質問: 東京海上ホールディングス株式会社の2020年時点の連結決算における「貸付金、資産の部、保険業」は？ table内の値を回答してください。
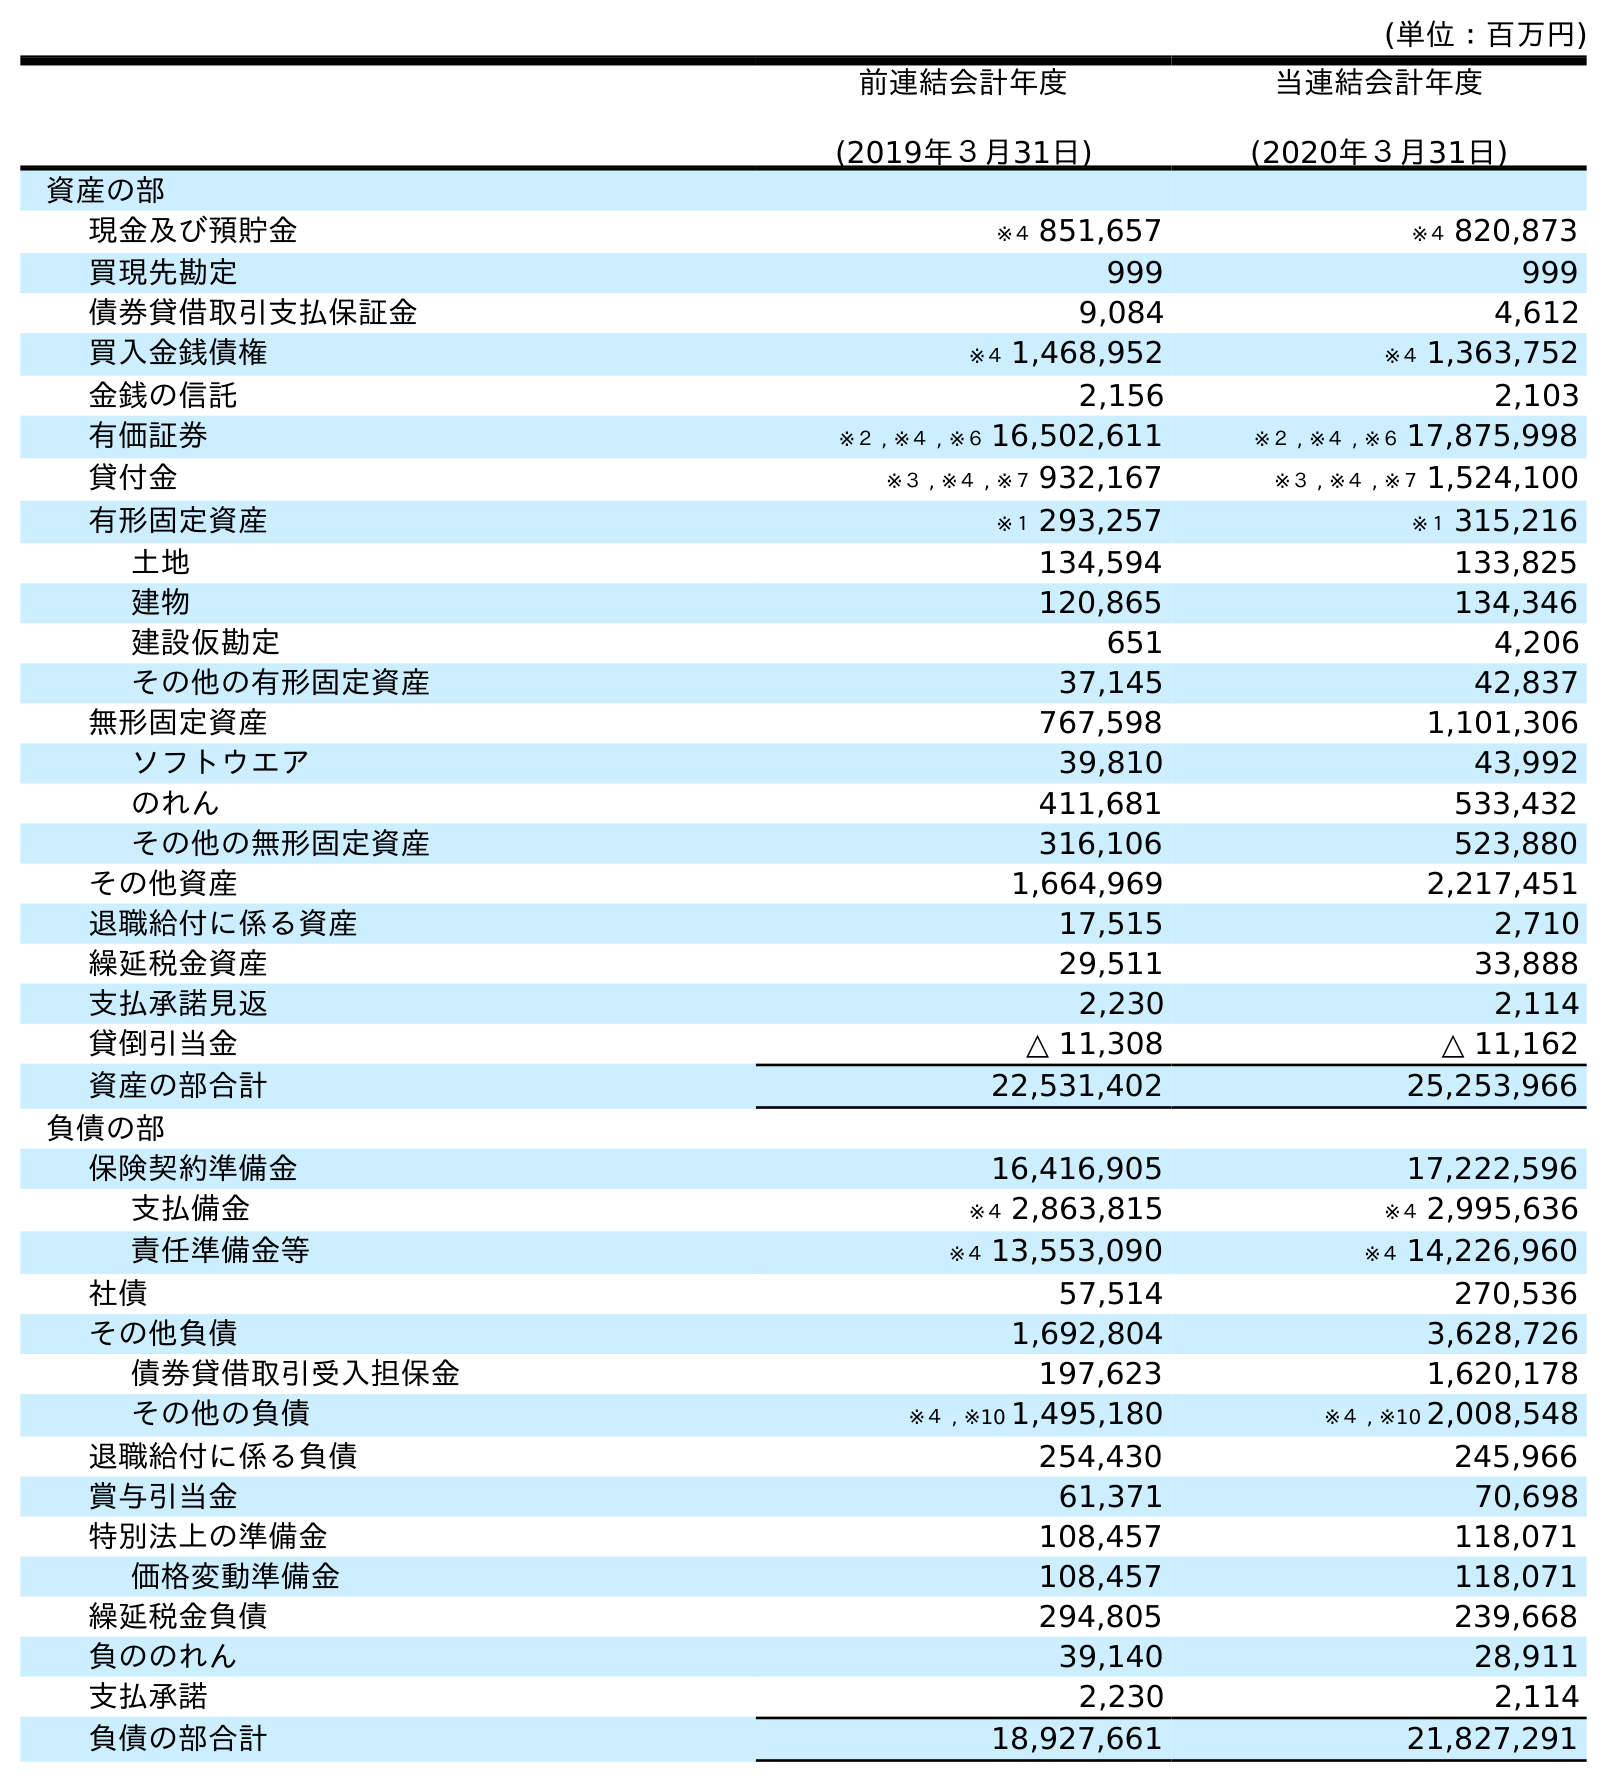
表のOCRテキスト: (単位：百万円) 前連結会計年度 (2019年３月31日) 当連結会計年度 (2020年３月31日) 資産の部 現金及び預貯金 ※４ 851,657 ※４ 820,873 買現先勘定 999 999 債券貸借取引支払保証金 9,084 4,612 買入金銭債権 ※４ 1,468,952 ※４ 1,363,752 金銭の信託 2,156 2,103 有価証券 ※２ , ※４ , ※６ 16,502,611 ※２ , ※４ , ※６ 17,875,998 貸付金 ※３ , ※４ , ※７ 932,167 ※３ , ※４ , ※７ 1,524,100 有形固定資産 ※１ 293,257 ※１ 315,216 土地 134,594 133,825 建物 120,865 134,346 建設仮勘定 651 4,206 その他の有形固定資産 37,145 42,837 無形固定資産 767,598 1,101,306 ソフトウエア 39,810 43,992 のれん 411,681 533,432 その他の無形固定資産 316,106 523,880 その他資産 1,664,969 2,217,451 退職給付に係る資産 17,515 2,710 繰延税金資産 29,511 33,888 支払承諾見返 2,230 2,114 貸倒引当金 △ 11,308 △ 11,162 資産の部合計 22,531,402 25,253,966 負債の部 保険契約準備金 16,416,905 17,222,596 支払備金 ※４ 2,863,815 ※４ 2,995,636 責任準備金等 ※４ 13,553,090 ※４ 14,226,960 社債 57,514 270,536 その他負債 1,692,804 3,628,726 債券貸借取引受入担保金 197,623 1,620,178 その他の負債 ※４ , ※10 1,495,180 ※４ , ※10 2,008,548 退職給付に係る負債 254,430 245,966 賞与引当金 61,371 70,698 特別法上の準備金 108,457 118,071 価格変動準備金 108,457 118,071 繰延税金負債 294,805 239,668 負ののれん 39,140 28,911 支払承諾 2,230 2,114 負債の部合計 18,927,661 21,827,291
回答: ※３,※４,※７1,524,100